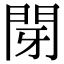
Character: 閕